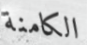
الكامنة